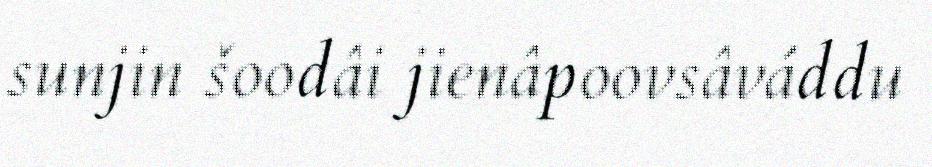
sunjin šoodâi jienâpoovsâváddu